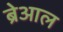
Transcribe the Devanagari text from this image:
ब्रेआल